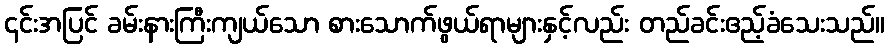
၎င်းအပြင် ခမ်းနားကြီးကျယ်သော စားသောက်ဖွယ်ရာများနှင့်လည်း တည်ခင်းဧည့်ခံသေးသည်။